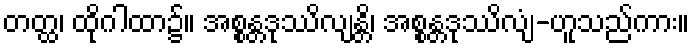
တတ္ထ၊ ထိုဂါထာ၌။ အစ္စန္တဒုဿိလျန္တိ၊ အစ္စန္တဒုဿိလျံ-ဟူသည်ကား။